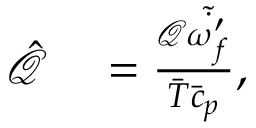
\begin{array} { r l } { \hat { \mathcal { Q } } } & { { } = \frac { \mathcal { Q } \tilde { \dot { \omega _ { f } ^ { \prime } } } } { \bar { T } \bar { c } _ { p } } , } \end{array}